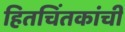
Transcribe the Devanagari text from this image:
हितचिंतकांची